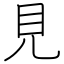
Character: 見